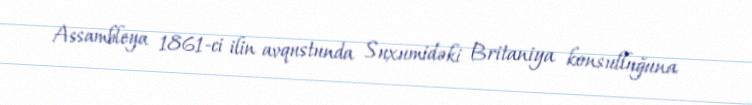
Assambleya 1861-ci ilin avqustunda Suxumidəki Britaniya konsulluğuna